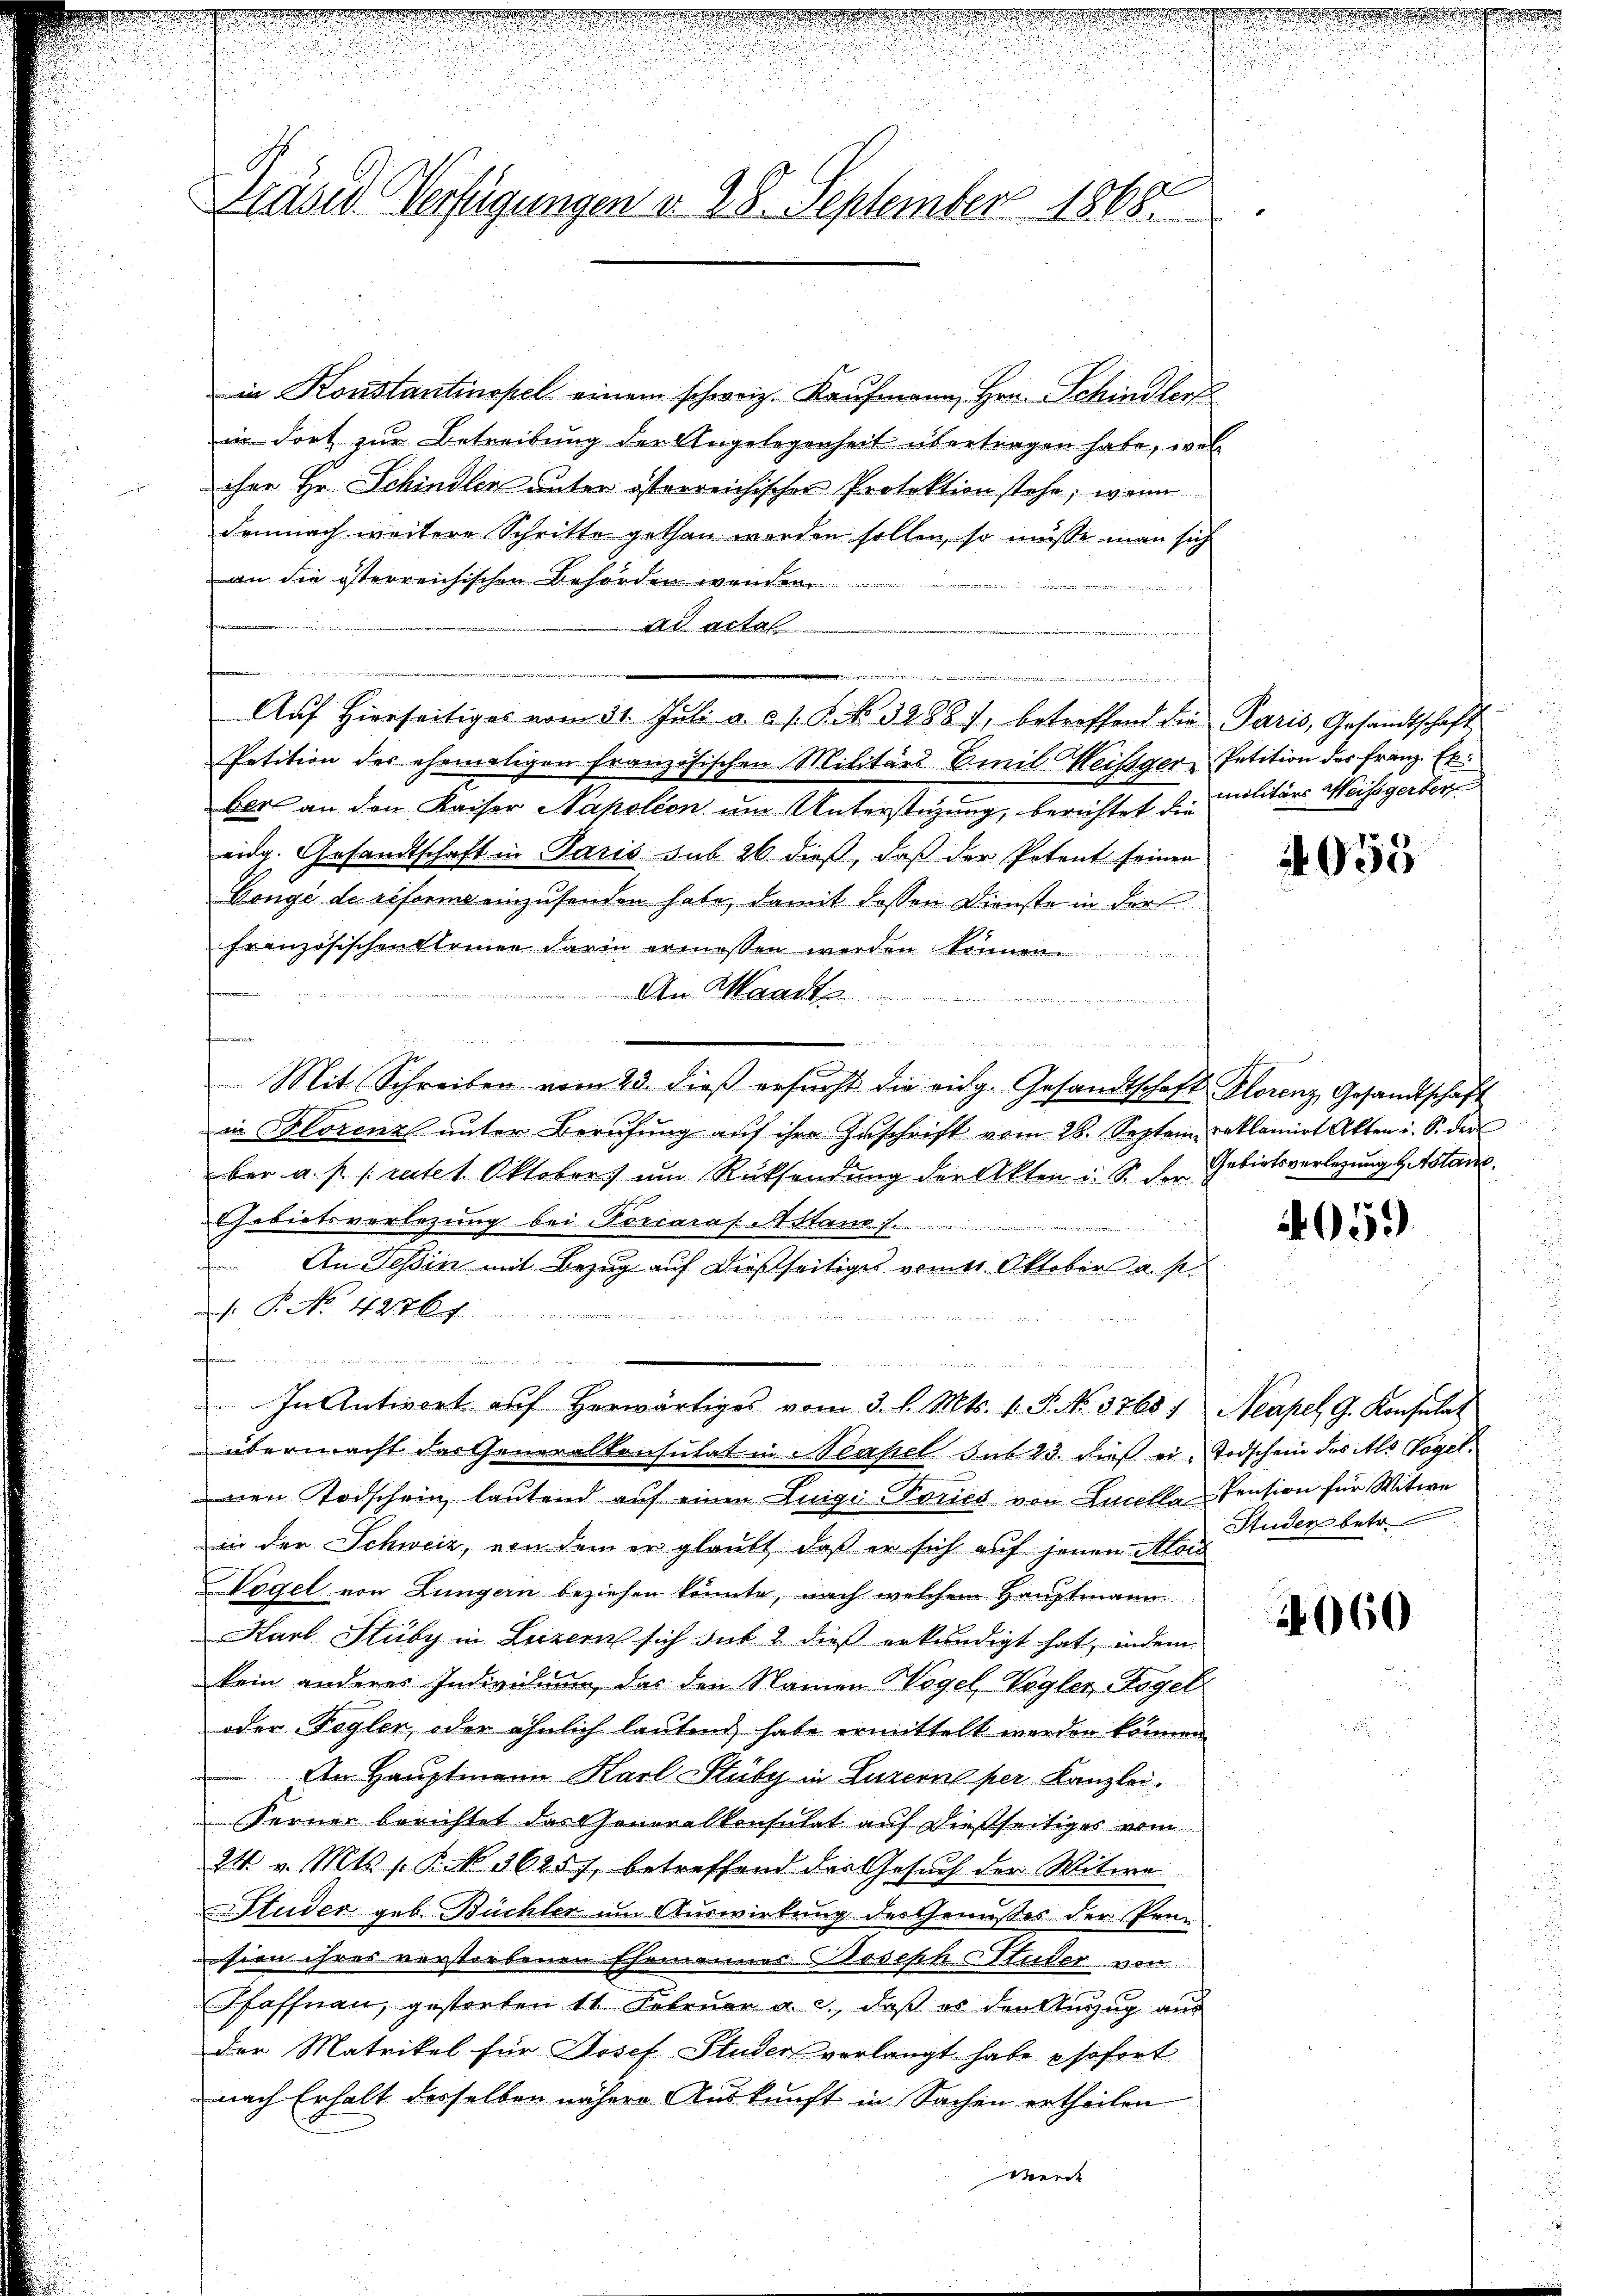
Präser Verfügungen v. 28. September 1865.

in Konstantinopel einem schweiz. Kaufmann, Hrn. Schindlerf
in dort zur Betreibung der Angelegenheit übertragen habe, wel
ihre Hr. Schindler unter österreichischer Protektion stehe, wenn
demnach weitere Schritte gethan worden sollen, so müsse man sich
an die österreichischen Behörden wenden
ad actal
Petition des ehemaligen französischen Militärs Emil Weisger Petition des Franz Exber an den Kaiser Napolien um Unterstehung, berichtet die Militärs Weisegerter
eidg. Gesandtschaft in Paris sub 26. dieß, daß der Petent seinen
Congi de erforme einzusenden habe, damit dessen Dienste in der
französischen kleinen darin ermessen werden
An Waadt
fenen
n
Mit Schreiben vom 23. dieβ ersŭcht die eidg. Gesandtschaft Florenz Gesandtschaft
in Florenzl ŭnter Berufung aŭf ihre Zuschrift vom 28. Septem reklamirt Akten i. S. der
ber a. p. fratet. Oktobers um Rücksendung der Akten u. S. der Gebietsverlegung gestan
Gebietsverlegung bei Forcaras Stand /.
An Tessin mit Bezug auf dießseitiges vom 21. Oktober a. p.
 P. No. 42761.
e

In Antiert aŭf herwärtiges vom 3. d. Mts. v. J. No. 3768 / Neapel G. Konsulat
übermacht das Generalkonsulat in Neapel sub 23. dieß ein Todschein des Als Vogelnen Todschein lautend auf einen Luigi-Fories von Lucella Pension für Witwe
in der Schweiz, von dem er glaubt, daß er sich auf jenen Aloi
Vögel von Lungern beziehen könnte, nach welchem Hauptmann
Karl Stüby in Luzern sich sub 2 dieß erkundigt hat, indem
kein anderer Individung, das den Namen Wogel Vogler Kogel
oder Fegler, oder ähnlich lautend habe ermittelt werden können
In Hauptmann Karl Stuby in Luzerne per Kanzlei.
Ferner berichtet das Generalkonsulat auf dießseitiges vom
24 v. Mts. 1. P. No. 3625), betreffend das Gesuch der Witwe
Studer geb. Büchler um Auswirkung des Genusses der Pen-
sion ihres verstorbenen Ehemannes Joseph Studer von
Pfaffnau, gestorfen 11. Februar a. c., daß es den Auszug aus
der Matrikel für Josef Studer verlangt habe sofort
nach Erhalt derselben nähere Auskunft in Sachen ertheilen
werde

eer
Auf hierseitiges vom 31. Jŭli a. d. 1. N. N. 32887, betreffend die Paris, Gesandtschaft

4055

4059

Studen betr.

2060